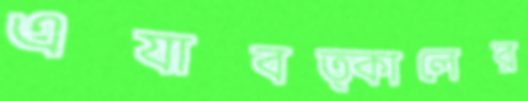
এযাবত্কালের